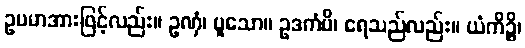
ဥပမာအားဖြင့်လည်း။ ဥဏှံ၊ ပူသော။ ဥဒကံပိ၊ ရေသည်လည်း။ ယံကိဉ္စိ၊